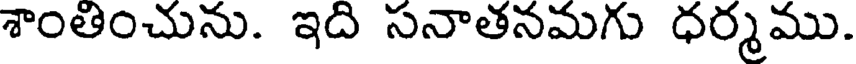
శాంతించును. ఇది సనాతనమగు ధర్మము.